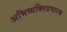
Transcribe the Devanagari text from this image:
अभिव्यक्तिप्रचारक